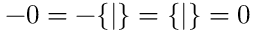
- 0 = - \{ | \} = \{ | \} = 0